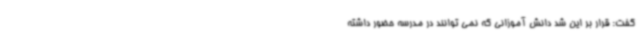
گفت: قرار بر این شد دانش آموزانی که نمی توانند در مدرسه حضور داشته